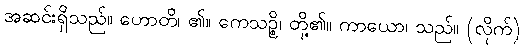
အဆင်းရှိသည်။ ဟောတိ၊ ၏။ ကေသဉ္စိ၊ တို့၏။ ကာယော၊ သည်။ (လိုက်)